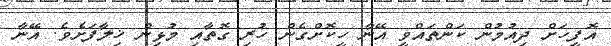
އޮފީހަށް ދިއުމުން ކަންތައްވީ އޭނާ ހީކޮށްގެން ހުރި ގޮތާއި މުޅިން ޚިލާފަށެވެ. އޭނާ